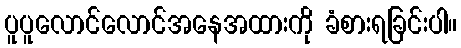
ပူပူလောင်လောင်အနေအထားကို ခံစားရခြင်းပါ။